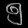
Digit: ၅